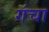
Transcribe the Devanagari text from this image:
गंचा